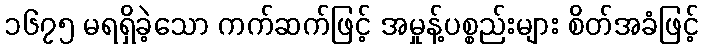
၁၆၇၅ မရရှိခဲ့သော ကက်ဆက်ဖြင့် အမှုန့်ပစ္စည်းများ စိတ်အခံဖြင့်